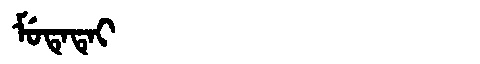
Manchu: ᠮᡠᡨᡝᡨᡝᡳ
Romanization: MUTETEI